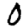
Digit: 0